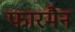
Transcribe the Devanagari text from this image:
फारमैन